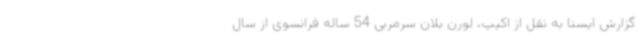
گزارش ایسنا به نقل از اکیپ، لورن بلان سرمربی 54 ساله فرانسوی از سال